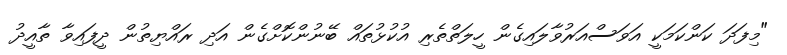
"މިފަދަ ކަންކަމަކީ އަވަސްއަރުވާލައިގެން ހީލަތްތެރި އުކުޅުތައް ބޭނުންކޮށްގެން އަދި ރައްޔިތުން ދީފައިވާ ތާއީދު